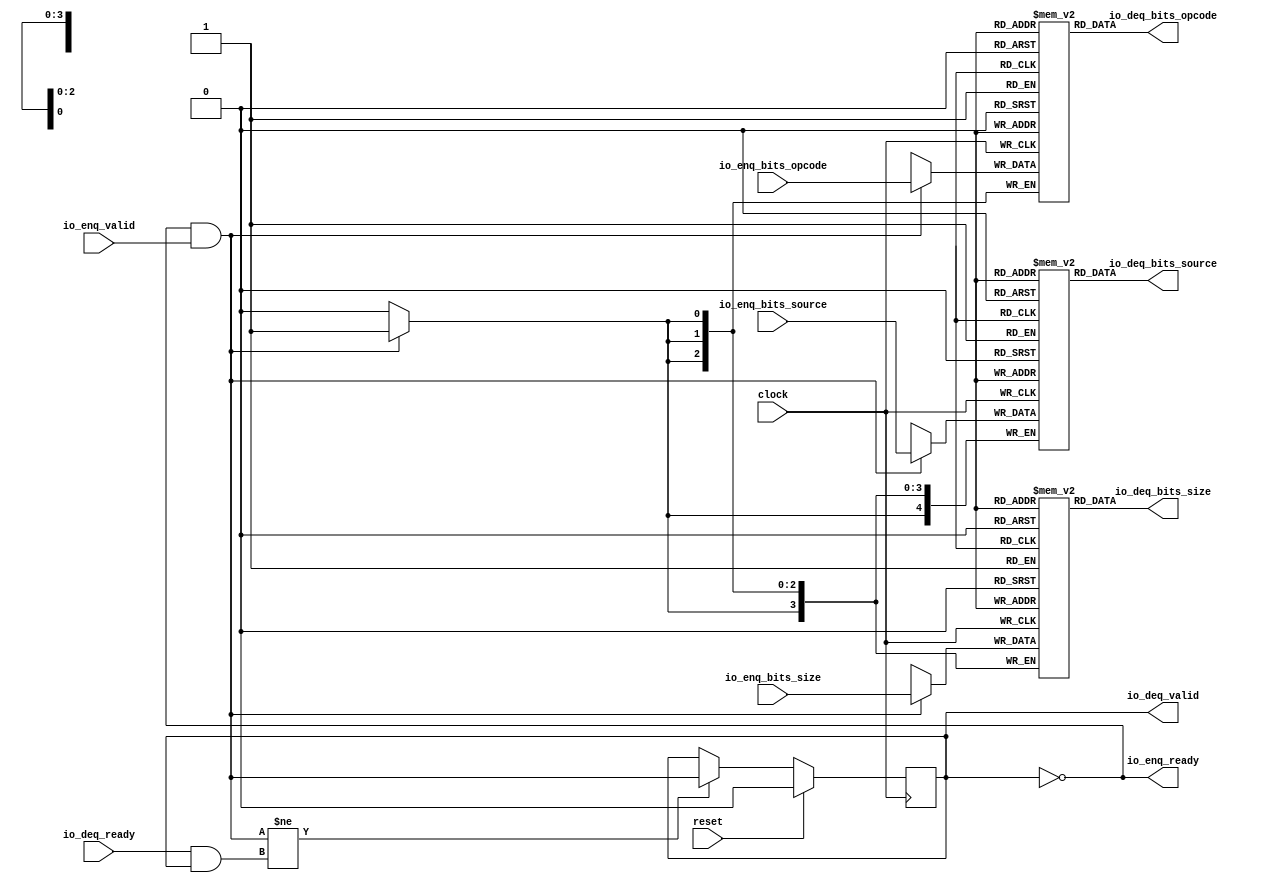
module Queue_23(
  input        clock,
  input        reset,
  output       io_enq_ready,
  input        io_enq_valid,
  input  [2:0] io_enq_bits_opcode,
  input  [3:0] io_enq_bits_size,
  input  [4:0] io_enq_bits_source,
  input        io_deq_ready,
  output       io_deq_valid,
  output [2:0] io_deq_bits_opcode,
  output [3:0] io_deq_bits_size,
  output [4:0] io_deq_bits_source
);
`ifdef RANDOMIZE_MEM_INIT
  reg [31:0] _RAND_0;
  reg [31:0] _RAND_1;
  reg [31:0] _RAND_2;
`endif // RANDOMIZE_MEM_INIT
`ifdef RANDOMIZE_REG_INIT
  reg [31:0] _RAND_3;
`endif // RANDOMIZE_REG_INIT
  reg [2:0] ram_opcode [0:0]; // @[Decoupled.scala 218:16]
  wire [2:0] ram_opcode_io_deq_bits_MPORT_data; // @[Decoupled.scala 218:16]
  wire  ram_opcode_io_deq_bits_MPORT_addr; // @[Decoupled.scala 218:16]
  wire [2:0] ram_opcode_MPORT_data; // @[Decoupled.scala 218:16]
  wire  ram_opcode_MPORT_addr; // @[Decoupled.scala 218:16]
  wire  ram_opcode_MPORT_mask; // @[Decoupled.scala 218:16]
  wire  ram_opcode_MPORT_en; // @[Decoupled.scala 218:16]
  reg [3:0] ram_size [0:0]; // @[Decoupled.scala 218:16]
  wire [3:0] ram_size_io_deq_bits_MPORT_data; // @[Decoupled.scala 218:16]
  wire  ram_size_io_deq_bits_MPORT_addr; // @[Decoupled.scala 218:16]
  wire [3:0] ram_size_MPORT_data; // @[Decoupled.scala 218:16]
  wire  ram_size_MPORT_addr; // @[Decoupled.scala 218:16]
  wire  ram_size_MPORT_mask; // @[Decoupled.scala 218:16]
  wire  ram_size_MPORT_en; // @[Decoupled.scala 218:16]
  reg [4:0] ram_source [0:0]; // @[Decoupled.scala 218:16]
  wire [4:0] ram_source_io_deq_bits_MPORT_data; // @[Decoupled.scala 218:16]
  wire  ram_source_io_deq_bits_MPORT_addr; // @[Decoupled.scala 218:16]
  wire [4:0] ram_source_MPORT_data; // @[Decoupled.scala 218:16]
  wire  ram_source_MPORT_addr; // @[Decoupled.scala 218:16]
  wire  ram_source_MPORT_mask; // @[Decoupled.scala 218:16]
  wire  ram_source_MPORT_en; // @[Decoupled.scala 218:16]
  reg  maybe_full; // @[Decoupled.scala 221:27]
  wire  empty = ~maybe_full; // @[Decoupled.scala 224:28]
  wire  do_enq = io_enq_ready & io_enq_valid; // @[Decoupled.scala 40:37]
  wire  do_deq = io_deq_ready & io_deq_valid; // @[Decoupled.scala 40:37]
  wire  _T = do_enq != do_deq; // @[Decoupled.scala 236:16]
  assign ram_opcode_io_deq_bits_MPORT_addr = 1'h0;
  assign ram_opcode_io_deq_bits_MPORT_data = ram_opcode[ram_opcode_io_deq_bits_MPORT_addr]; // @[Decoupled.scala 218:16]
  assign ram_opcode_MPORT_data = io_enq_bits_opcode;
  assign ram_opcode_MPORT_addr = 1'h0;
  assign ram_opcode_MPORT_mask = 1'h1;
  assign ram_opcode_MPORT_en = io_enq_ready & io_enq_valid;
  assign ram_size_io_deq_bits_MPORT_addr = 1'h0;
  assign ram_size_io_deq_bits_MPORT_data = ram_size[ram_size_io_deq_bits_MPORT_addr]; // @[Decoupled.scala 218:16]
  assign ram_size_MPORT_data = io_enq_bits_size;
  assign ram_size_MPORT_addr = 1'h0;
  assign ram_size_MPORT_mask = 1'h1;
  assign ram_size_MPORT_en = io_enq_ready & io_enq_valid;
  assign ram_source_io_deq_bits_MPORT_addr = 1'h0;
  assign ram_source_io_deq_bits_MPORT_data = ram_source[ram_source_io_deq_bits_MPORT_addr]; // @[Decoupled.scala 218:16]
  assign ram_source_MPORT_data = io_enq_bits_source;
  assign ram_source_MPORT_addr = 1'h0;
  assign ram_source_MPORT_mask = 1'h1;
  assign ram_source_MPORT_en = io_enq_ready & io_enq_valid;
  assign io_enq_ready = ~maybe_full; // @[Decoupled.scala 241:19]
  assign io_deq_valid = ~empty; // @[Decoupled.scala 240:19]
  assign io_deq_bits_opcode = ram_opcode_io_deq_bits_MPORT_data; // @[Decoupled.scala 242:15]
  assign io_deq_bits_size = ram_size_io_deq_bits_MPORT_data; // @[Decoupled.scala 242:15]
  assign io_deq_bits_source = ram_source_io_deq_bits_MPORT_data; // @[Decoupled.scala 242:15]
  always @(posedge clock) begin
    if(ram_opcode_MPORT_en & ram_opcode_MPORT_mask) begin
      ram_opcode[ram_opcode_MPORT_addr] <= ram_opcode_MPORT_data; // @[Decoupled.scala 218:16]
    end
    if(ram_size_MPORT_en & ram_size_MPORT_mask) begin
      ram_size[ram_size_MPORT_addr] <= ram_size_MPORT_data; // @[Decoupled.scala 218:16]
    end
    if(ram_source_MPORT_en & ram_source_MPORT_mask) begin
      ram_source[ram_source_MPORT_addr] <= ram_source_MPORT_data; // @[Decoupled.scala 218:16]
    end
    if (reset) begin // @[Decoupled.scala 221:27]
      maybe_full <= 1'h0; // @[Decoupled.scala 221:27]
    end else if (_T) begin // @[Decoupled.scala 236:28]
      maybe_full <= do_enq; // @[Decoupled.scala 237:16]
    end
  end
// Register and memory initialization
`ifdef RANDOMIZE_GARBAGE_ASSIGN
`define RANDOMIZE
`endif
`ifdef RANDOMIZE_INVALID_ASSIGN
`define RANDOMIZE
`endif
`ifdef RANDOMIZE_REG_INIT
`define RANDOMIZE
`endif
`ifdef RANDOMIZE_MEM_INIT
`define RANDOMIZE
`endif
`ifndef RANDOM
`define RANDOM $random
`endif
`ifdef RANDOMIZE_MEM_INIT
  integer initvar;
`endif
`ifndef SYNTHESIS
`ifdef FIRRTL_BEFORE_INITIAL
`FIRRTL_BEFORE_INITIAL
`endif
initial begin
  `ifdef RANDOMIZE
    `ifdef INIT_RANDOM
      `INIT_RANDOM
    `endif
    `ifndef VERILATOR
      `ifdef RANDOMIZE_DELAY
        #`RANDOMIZE_DELAY begin end
      `else
        #0.002 begin end
      `endif
    `endif
`ifdef RANDOMIZE_MEM_INIT
  _RAND_0 = {1{`RANDOM}};
  for (initvar = 0; initvar < 1; initvar = initvar+1)
    ram_opcode[initvar] = _RAND_0[2:0];
  _RAND_1 = {1{`RANDOM}};
  for (initvar = 0; initvar < 1; initvar = initvar+1)
    ram_size[initvar] = _RAND_1[3:0];
  _RAND_2 = {1{`RANDOM}};
  for (initvar = 0; initvar < 1; initvar = initvar+1)
    ram_source[initvar] = _RAND_2[4:0];
`endif // RANDOMIZE_MEM_INIT
`ifdef RANDOMIZE_REG_INIT
  _RAND_3 = {1{`RANDOM}};
  maybe_full = _RAND_3[0:0];
`endif // RANDOMIZE_REG_INIT
  `endif // RANDOMIZE
end // initial
`ifdef FIRRTL_AFTER_INITIAL
`FIRRTL_AFTER_INITIAL
`endif
`endif // SYNTHESIS
endmodule